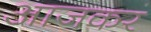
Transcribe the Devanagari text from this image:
आजकर